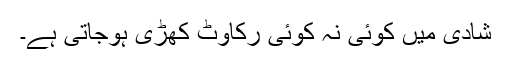
شادی میں کوئی نہ کوئی رکاوٹ کھڑی ہوجاتی ہے۔